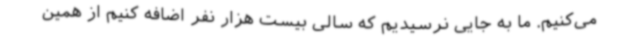
می‌کنیم. ما به جایی نرسیدیم که سالی بیست هزار نفر اضافه کنیم از همین